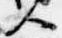
人